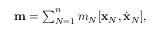
\begin{array} { r } { { \bf m } = \sum _ { N = 1 } ^ { n } m _ { N } [ { \bf x } _ { N } , \dot { \bf x } _ { N } ] , } \end{array}